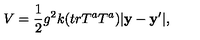
V = \frac { 1 } { 2 } g ^ { 2 } k ( t r T ^ { a } T ^ { a } ) | \bf y - { \bf y ^ { \prime } } | ,